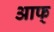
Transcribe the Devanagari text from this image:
आफ्‌